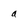
Character: a